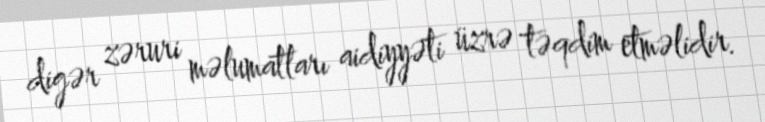
digər zəruri məlumatları aidiyyəti üzrə təqdim etməlidir.